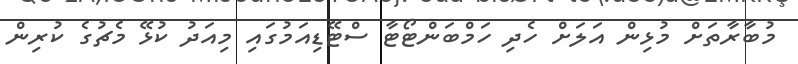
މުބާރާތަށް މުޅިން އަލަށް ހެދި ހަމްބަންޓޯޓާ ސްޓޭޑިއަމުގައި މިއަދު ކުޅޭ މެޗުގެ ކުރިން